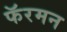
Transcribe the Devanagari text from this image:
फॅरमन